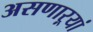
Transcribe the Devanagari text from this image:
असणाऱ्यां